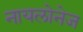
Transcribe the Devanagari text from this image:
नायलोनेज